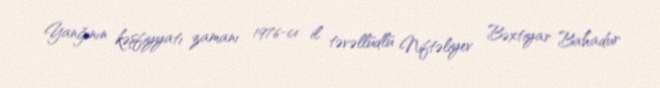
Yanğının kəşfiyyatı zamanı 1976-cı il təvəllüdlü Niftəliyev Bəxtiyar Bahadur